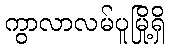
ကွာလာလမ်ပူမြို့ရှိ